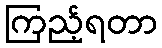
ကြည့်ရတာ